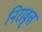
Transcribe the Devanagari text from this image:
निरावृत्त